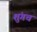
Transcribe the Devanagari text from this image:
शुंगच